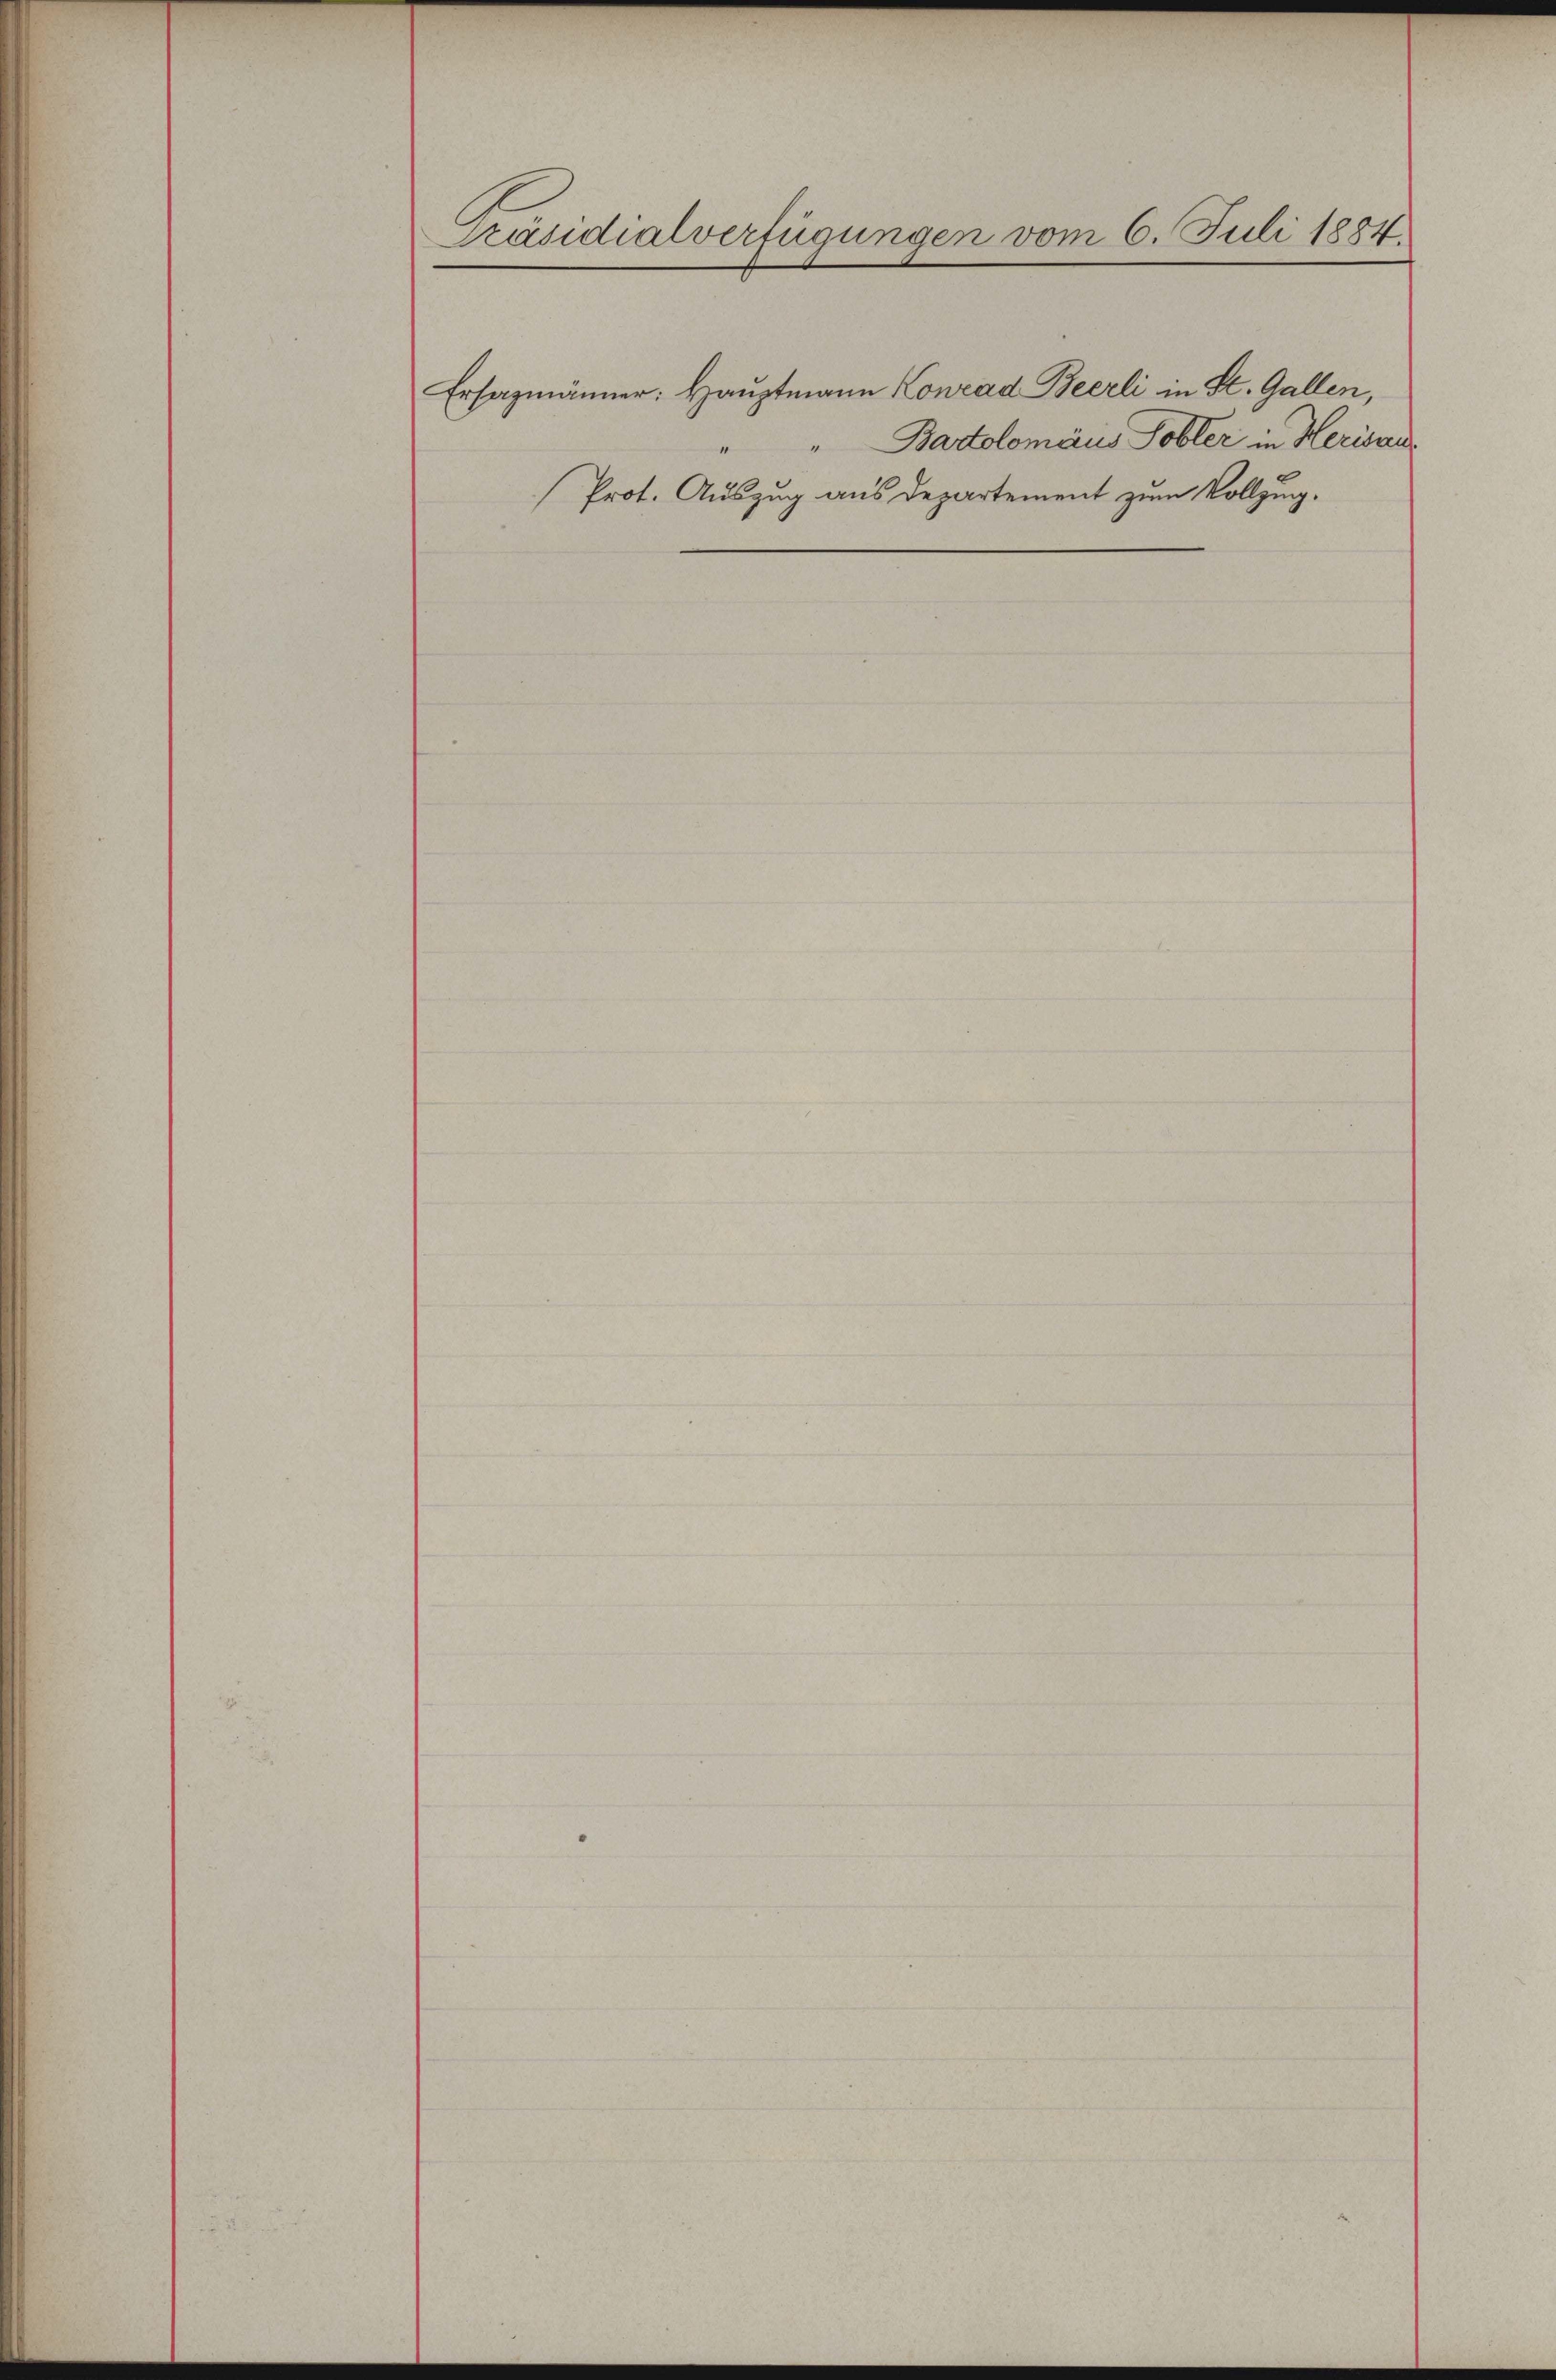
Präsidialverfügungen vom 6. Juli 1884.

Ersazmänner: Hauptmann Konrad Beerli in St. Gallen,
Badtolomäus Tobler in Herisau
Prot. Auszug aus Departement zum Vollzug.